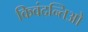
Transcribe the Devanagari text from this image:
किवंदन्तिओ